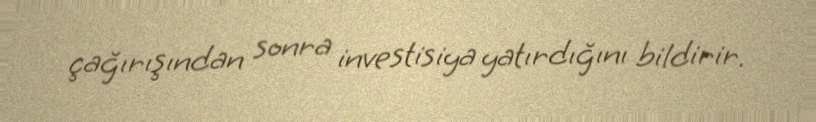
çağırışından sonra investisiya yatırdığını bildirir.